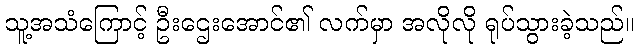
သူ့အသံကြောင့် ဦးဌေးအောင်၏ လက်မှာ အလိုလို ရုပ်သွားခဲ့သည်။